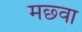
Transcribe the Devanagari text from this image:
मछ्वा